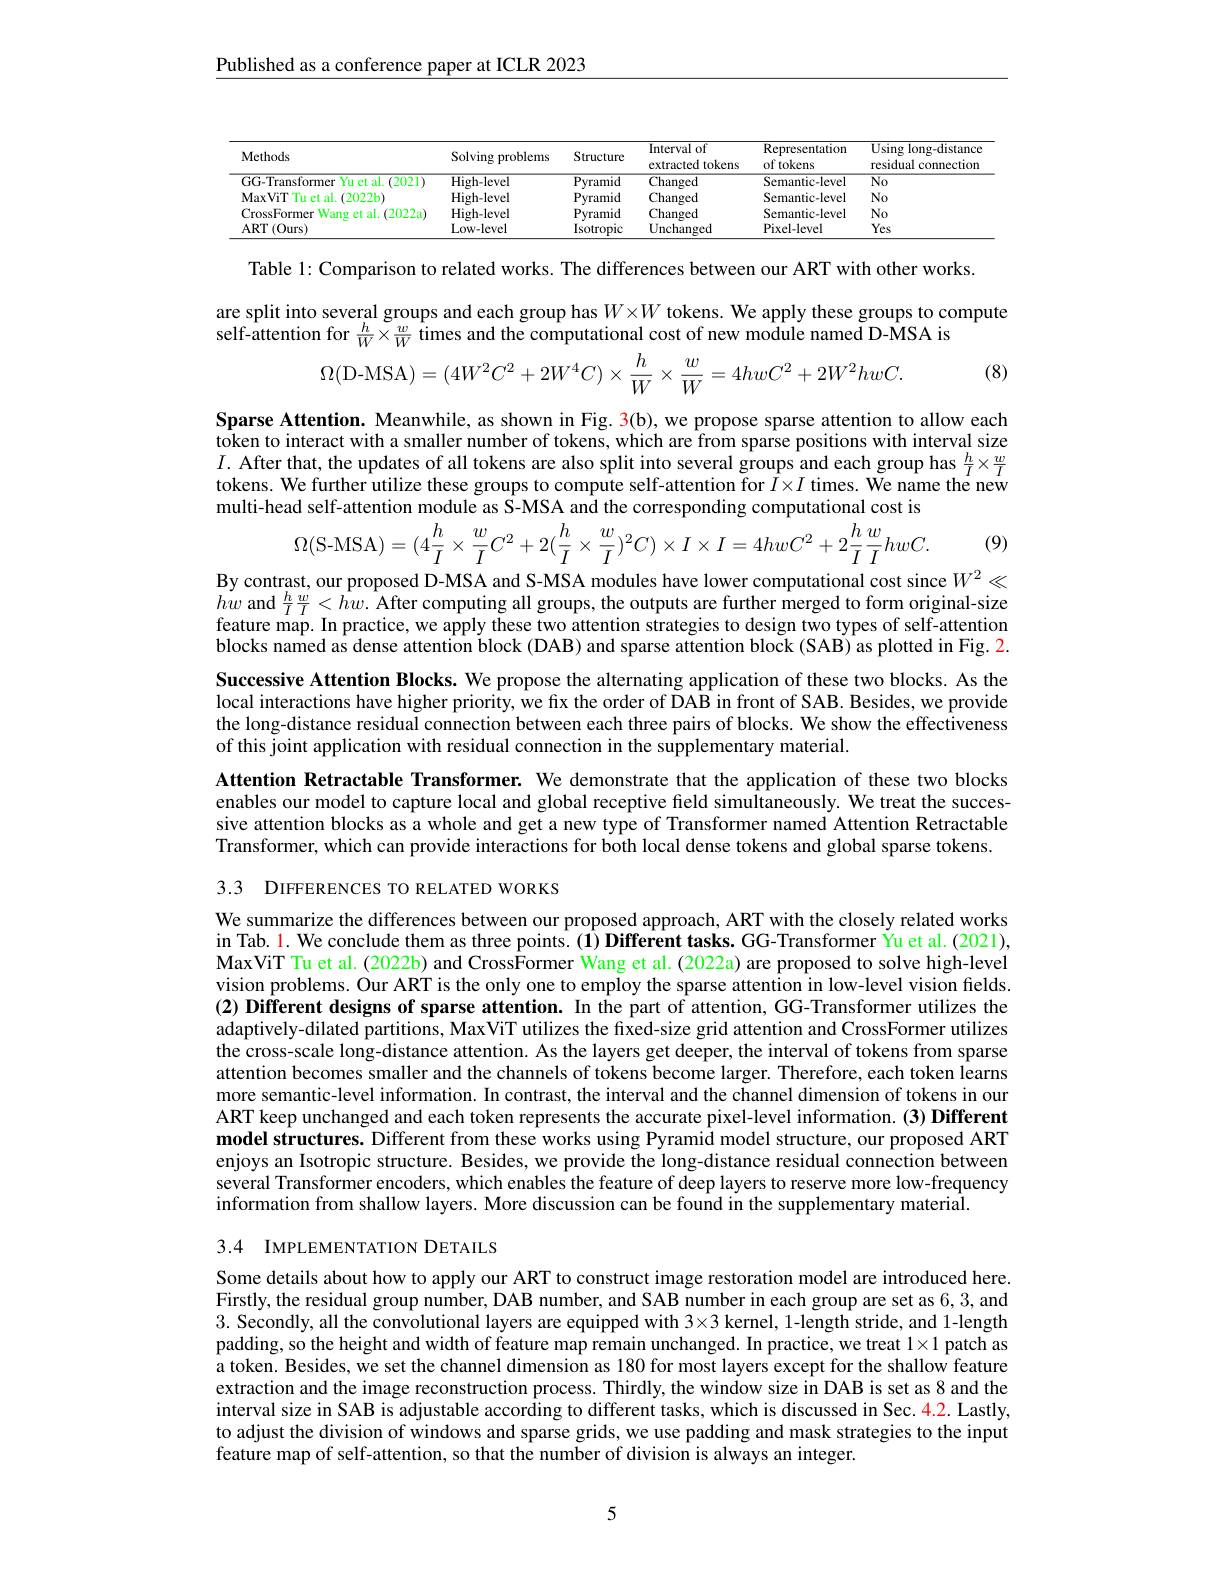
Published as a conference paper at ICLR 2023

<table>
	<tbody>
		<tr>
			<th>Methods</th>
			<th>Solving problems</th>
			<th>Structure</th>
			<th>Interval of extracted tokens</th>
			<th>Representation of tokens</th>
			<th>Using long-distance residual connection</th>
		</tr>
		<tr>
			<td>GG-Transformer Yu et al. (2021)</td>
			<td>High-level</td>
			<td>Pyramid</td>
			<td>Changed</td>
			<td>Semantic-level</td>
			<td>$No$</td>
		</tr>
		<tr>
			<td>MaxViT $\Gamma$Tu et al. (2022b)</td>
			<td>High-level</td>
			<td>Pyramid</td>
			<td>Changed</td>
			<td>Semantic-level</td>
			<td>$No$</td>
		</tr>
		<tr>
			<td>Wang et al. (2022a CrossFormer</td>
			<td>High-level</td>
			<td>Pyramid</td>
			<td>Changed</td>
			<td>Semantic-level</td>
			<td>$No$</td>
		</tr>
		<tr>
			<td>ART$\left ( \mathrm{Ours}\right )$</td>
			<td>Low-level</td>
			<td>Isotropic</td>
			<td>Unchanged</td>
			<td>Pixel-level</td>
			<td>Yes</td>
		</tr>
	</tbody>
</table>

Table 1: Comparison to related works. The differences between our ART with other works.

are split into several groups and each group has $W\times W$ tokens. We apply these groups to compute
self-attention for $\frac hW\times\frac wW$ times and the computational cost of new module named D-MSA is
$$\Omega(\mathrm{D-MSA})=(4W^{2}C^{2}+2W^{4}C)\times\frac{h}{W}\times\frac{w}{W}=4hwC^{2}+2W^{2}hwC.$$
(8)

Sparse Attention. Meanwhile, as shown in Fig. 3(b), we propose sparse attention to allow each token to interact with a smaller number of tokens, which are from sparse positions with interval size $I.$ After that, the updates of all tokens are also split into several groups and each group has $\frac hI\times\frac wI$ tokens. We further utilize these groups to compute self-attention for $\bar{I}\times I$ times. We name the new multi-head self-attention module as S-MSA and the corresponding computational cost is
$$\Omega(\mathrm{S-MSA})=(4\frac{h}{I}\times\frac{w}{I}C^{2}+2(\frac{h}{I}\times\frac{w}{I})^{2}C)\times I\times I=4hwC^{2}+2\frac{h}{I}\frac{w}{I}hwC.$$
(9)

By contrast, our proposed D-MSA and S-MSA modules have lower computational cost since $W^2\ll$

$hw$ and $\frac{h}{I}\frac{w}{I}<hw.$ After computing all groups, the outputs are further merged to form original-size feature map. In practice, we apply these two attention strategies to design two types of self-attention $\hat{\text{blocks named as dense attention block (DAB) and sparse attention block(SAB) as plotted in Fig. 2.}}$ Successive Attention Blocks. We propose the alternating application of these two blocks. As the local interactions have higher priority, we fix the order of DAB in front of SAB. Besides, we provide the long-distance residual connection between each three pairs of blocks. We show the effectiveness of this joint application with residual connection in the supplementary material.

Attention Retractable Transformer. We demonstrate that the application of these two blocks enables our model to capture local and global receptive field simultaneously. We treat the successive attention blocks as a whole and get a new type of Transformer named Attention Retractable Transformer, which can provide interactions for both local dense tokens and global sparse tokens. 3.3 DIFFERENCES TO RELATED WORKS

We summarize the differences between our proposed approach, ART with the closely related works in Tab. l. We conclude them as three points. (1) Different tasks. GG-Transformer Yu et al. (2021), MaxViT Tu et al. (2022b) and CrossFormer Wang et al. (2022a) are proposed to solve high-level vision problems. Our ART is the only one to employ the sparse attention in low-level vision fields. (2) Different designs of sparse attention. In the part of attention, GG-Transformer utilizes the adaptively-dilated partitions, MaxViT utilizes the fixed-size grid attention and CrossFormer utilizes the cross-scale long-distance attention. As the layers get deeper, the interval of tokens from sparse attention becomes smaller and the channels of tokens become larger. Therefore, each token learns more semantic-level information. In contrast, the interval and the channel dimension of tokens in our ART keep unchanged and each token represents the accurate pixel-level information. (3) Different model structures. Different from these works using Pyramid model structure, our proposed ART enjoys an Isotropic structure. Besides, we provide the long-distance residual connection between several Transformer encoders, which enables the feature of deep layers to reserve more low-frequency information from shallow layers. More discussion can be found in the supplementary material.
3.4 IMPLEMENTATION DETAILS

Some details about how to apply our ART to construct image restoration model are introduced here. Firstly, the residual group number, DAB number, and SAB number in each group are set as 6, 3, and 3. Secondly, all the convolutional layers are equipped with 3×3 kernel, 1-length stride, and 1-length padding, so the height and width of feature map remain unchanged. In practice, we treat $1\times1$ patch as a token. Besides, we set the channel dimension as 180 for most layers except for the shallow feature extraction and the image reconstruction process. Thirdly, the window size in DAB is set as 8 and the interval size in SAB is adjustable according to different tasks, which is discussed in Sec. 4.2. Lastly, to adjust the division of windows and sparse grids, we use padding and mask strategies to the input feature map of self-attention, so that the number of division is always an integer.

5